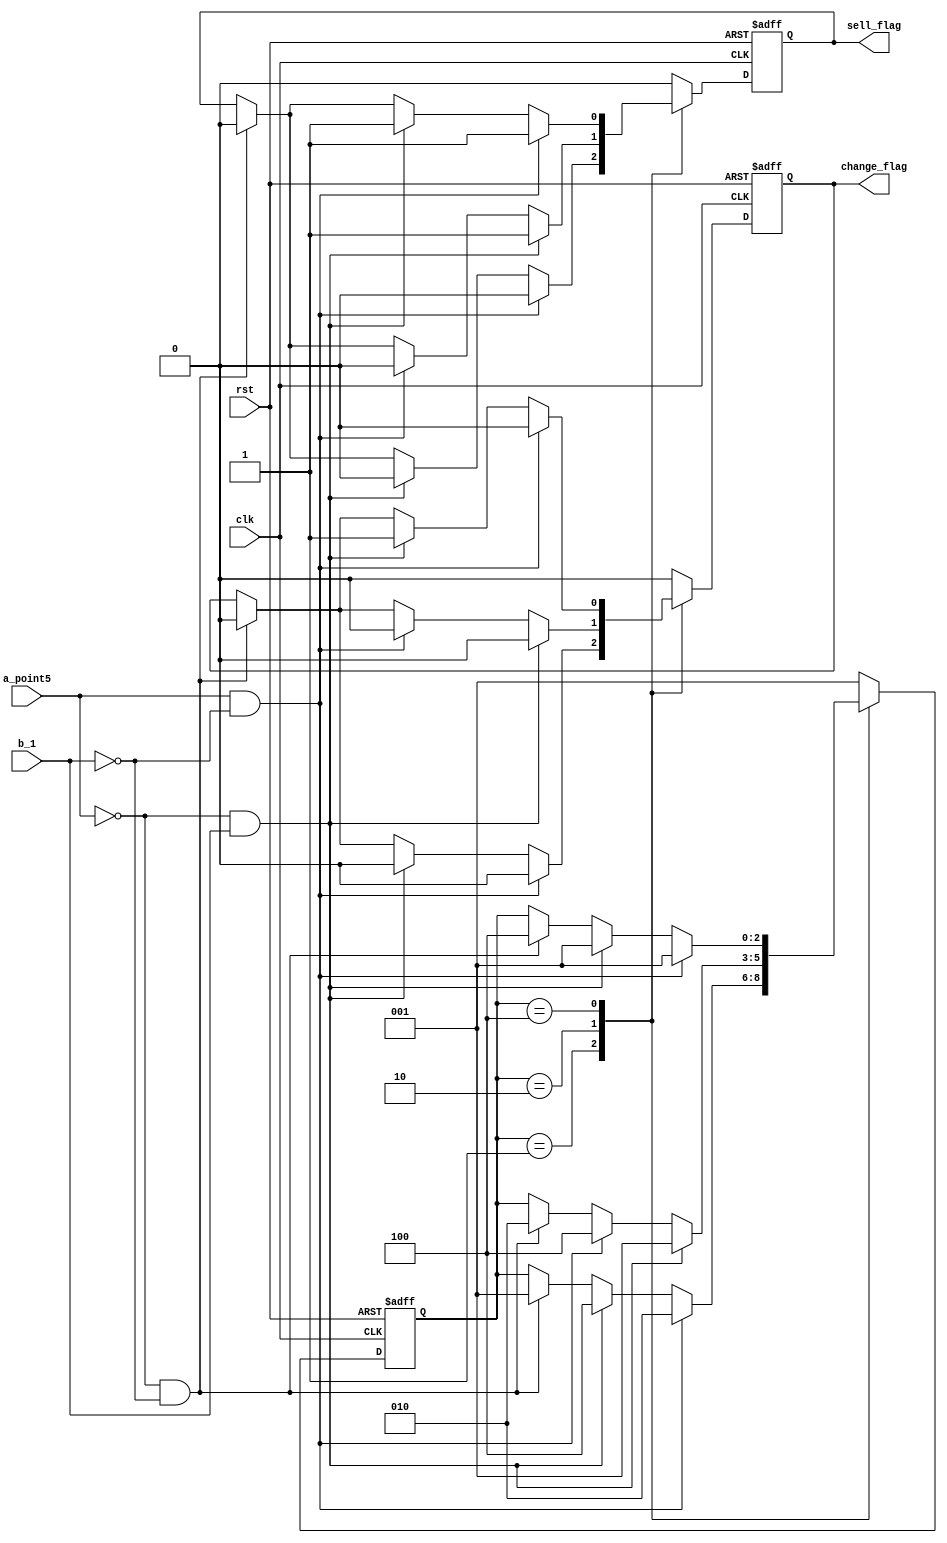
//TODO seller

// a==1 -> 0.5 | b==1 ->1
// sell_flag | change_flag
// 1.5 -> sell_flag == 1
module  fsm_sell (
    input wire clk,
    input wire rst,
    input wire a_point5,
    input wire b_1,
    output reg sell_flag,
    output reg change_flag
);
    reg [2:0] state;
    //parameter IDEL = 3b'000;
    parameter S1 = 3'b001; //IDEL
    parameter S2 = 3'b010; //get0.5
    parameter S3 = 3'b100; //get1.0


    always @(posedge clk or negedge rst) begin
        if(~rst) begin
            state = S1;
            sell_flag = 0;
            change_flag = 0;
        end
        else begin
            case (state) 
                S1 : 
                    if(a_point5 == 1 && b_1 == 0) begin
                        state = S2;
                        sell_flag = 0;
                        change_flag = 0;
                    end
                    else if (a_point5 == 0 && b_1 == 1) begin
                        state = S3;
                        sell_flag = 0;
                        change_flag = 0;
                    end
                    else if (a_point5 == 0 && b_1 == 0) begin
                        state = S1;
                        sell_flag = 0;
                        change_flag = 0;
                    end
                S2: if(a_point5 == 0 && b_1 == 1 ) begin
                        state = S1;
                        sell_flag = 1;
                        change_flag = 0;
                    end
                    else if(a_point5 == 1 && b_1 == 0 ) begin
                        state = S3;
                        sell_flag = 0;
                        change_flag = 0;
                    end
                    else if (a_point5 == 0 && b_1 == 0) begin
                        state = S2;
                        sell_flag = 0;
                        change_flag = 0;
                    end
                S3: if(a_point5 == 1 && b_1 == 0) begin
                        state = S1;
                        sell_flag = 1;
                        change_flag = 0;
                    end
                    else if (a_point5 == 0 && b_1 == 1) begin
                        state = S1;
                        sell_flag  = 1;
                        change_flag = 1;
                    end
                    else if(a_point5 == 0 && b_1 ==0) begin
                        state = S3;
                        sell_flag = 0;
                        change_flag = 0;
                    end
                default : begin
                    state = S1;
                    sell_flag = 0;
                    change_flag = 0;
                end
            endcase
        end 
    end

endmodule